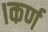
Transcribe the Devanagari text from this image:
।कर्ण